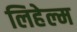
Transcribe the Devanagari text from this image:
लिहेल्म